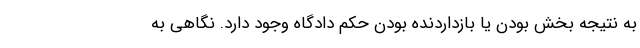
به نتیجه بخش بودن یا بازداردنده بودن حکم دادگاه وجود دارد. نگاهی به